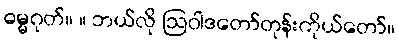
ဓမ္မဂုတ်။ ။ ဘယ်လို ဩဝါဒတော်တုန်းကိုယ်တော်။